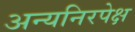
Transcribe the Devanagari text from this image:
अन्यनिरपेक्ष